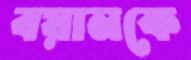
বয়ানকে